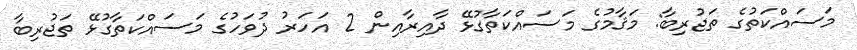
މަސައްކަތުގެ ތަޖުރިބާ: މަޤާމުގެ މަސައްކަތާގުޅޭ ދާއިރާއިން 2 އަހަރު ދުވަހުގެ މަސައްކަތާގުޅޭ ތަޖުރިބާ